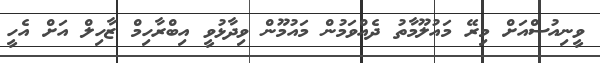
ވީނިއުސްއަށް މިރޭ މައުލޫމާތު ދެއްވަމުން މައުމޫން ވިދާޅުވީ އިބްރާހިމް ޒާހިލް އަށް އެހީ